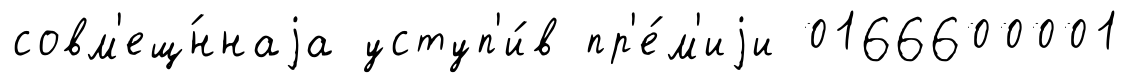
совм'ещ́ннаjа уступ'и́в пр'е́м'иjи 0166600001